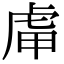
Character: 𧆥